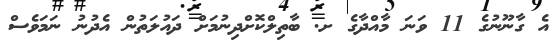
އެ ގާނޫނުގެ 11 ވަނަ މާއްދާގެ ށ. ބާތިލްކޮށްދިނުމަށް ދައުލަތުން އެދުނު ނަމަވެސް